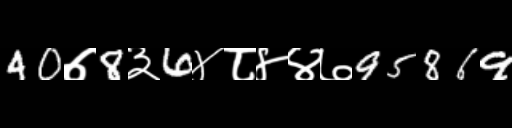
Text: 40७8३6४८४४७95869